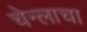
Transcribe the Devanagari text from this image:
चेन्लाचा